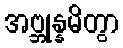
အဗ္ဘုန္နမိတွာ